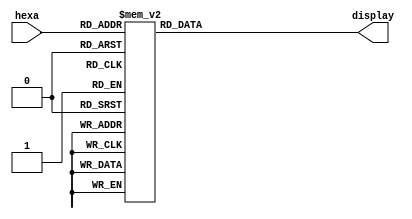
/* ----------------------------------------------------------------
 * Arquivo   : hexa7seg.v
 * Projeto   : Experiencia 3 - Um Fluxo de Dados Simples
 *--------------------------------------------------------------
 * Descricao : decodificador hexadecimal para 
 *             display de 7 segmentos 
 * 
 * entrada : hexa - codigo binario de 4 bits hexadecimal
 * saida   : sseg - codigo de 7 bits para display de 7 segmentos
 *
 * baseado no componente bcd7seg.v da Intel FPGA
 *--------------------------------------------------------------
 * dica de uso: mapeamento para displays da placa DE0-CV
 *              bit 6 mais significativo  o bit a esquerda
 *              p.ex. sseg(6) -> HEX0[6] ou HEX06
 *--------------------------------------------------------------
 * Revisoes  :
 *     Data        Versao  Autor             Descricao
 *     24/12/2023  1.0     Edson Midorikawa  criacao
 *--------------------------------------------------------------
 */

module hexa7seg (hexa, display);
    input      [3:0] hexa;
    output reg [6:0] display;

    /*
     *    ---
     *   | 0 |
     * 5 |   | 1
     *   |   |
     *    ---
     *   | 6 |
     * 4 |   | 2
     *   |   |
     *    ---
     *     3
     */
        
    always @(hexa)
    case (hexa)
        4'h0:    display = 7'b1000000;
        4'h1:    display = 7'b1111001;
        4'h2:    display = 7'b0100100;
        4'h3:    display = 7'b0110000;
        4'h4:    display = 7'b0011001;
        4'h5:    display = 7'b0010010;
        4'h6:    display = 7'b0000010;
        4'h7:    display = 7'b1111000;
        4'h8:    display = 7'b0000000;
        4'h9:    display = 7'b0010000;
        4'ha:    display = 7'b0001000;
        4'hb:    display = 7'b0000011;
        4'hc:    display = 7'b1000110;
        4'hd:    display = 7'b0100001;
        4'he:    display = 7'b0000110;
        4'hf:    display = 7'b0001110;
        default: display = 7'b1111111;
    endcase
endmodule